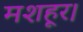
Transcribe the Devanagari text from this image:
मशहूर।